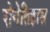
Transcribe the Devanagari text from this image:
रोगेतिहास